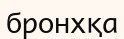
бронхқа